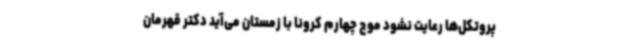
پروتکل‌ها رعایت نشود موج چهارم کرونا با زمستان می‌آید دکتر قهرمان